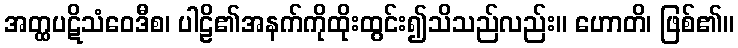
အတ္ထပဋိသံဝေဒီစ၊ ပါဠိ၏အနက်ကိုထိုးထွင်း၍သိသည်လည်း။ ဟောတိ၊ ဖြစ်၏။